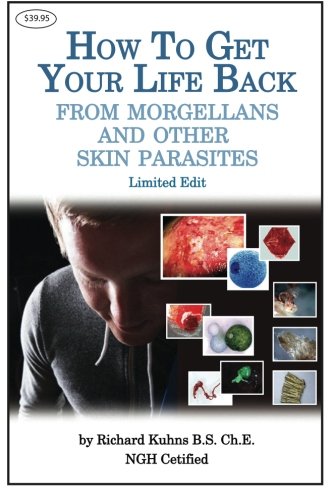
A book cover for How to Get Your Life Back From  Morgellons and Other Skin Parasites Limited Edit; Mr Richard L. Kuhns; Health, Fitness & Dieting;